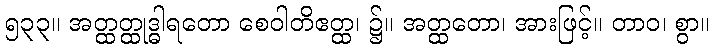
၅၃၃။ အတ္ထတ္ထုဒ္ဓါရတော စေဝါတိဧတ္ထ၊ ၌။ အတ္ထတော၊ အားဖြင့်။ တာဝ၊ စွာ။